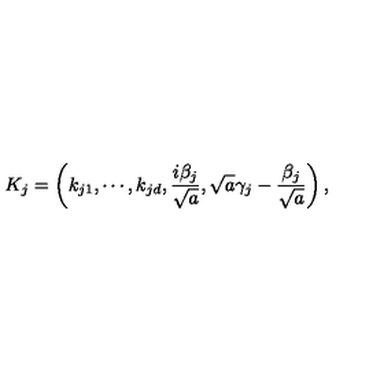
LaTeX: K _ { j } = \left( k _ { j 1 } , \cdots , k _ { j d } , \frac { i \beta _ { j } } { \sqrt { a } } , \sqrt { a } \gamma _ { j } - \frac { \beta _ { j } } { \sqrt { a } } \right) ,